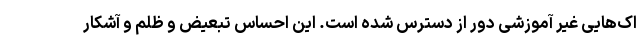
اک‌هایی غیر آموزشی دور از دسترس شده است. این احساس تبعیض و ظلم و آشکار